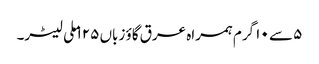
۵ سے ۱۰ گرم ہمراہ عرق گاؤ زباں ۱۲۵ ملی لیٹر۔